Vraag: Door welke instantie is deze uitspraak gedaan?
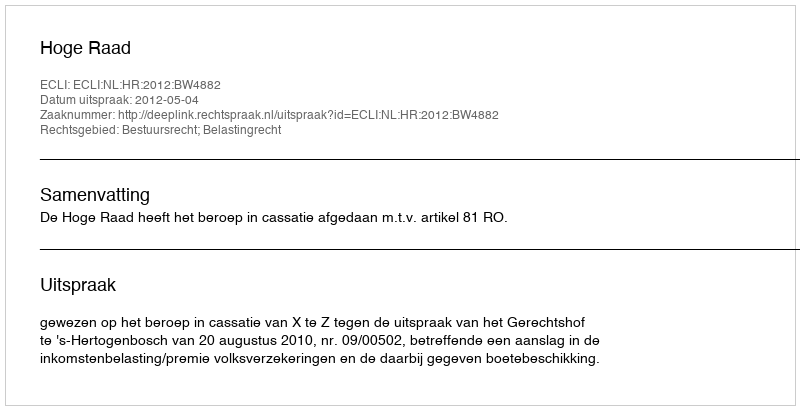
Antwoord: Hoge Raad